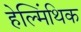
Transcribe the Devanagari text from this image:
हेल्मिंथिक